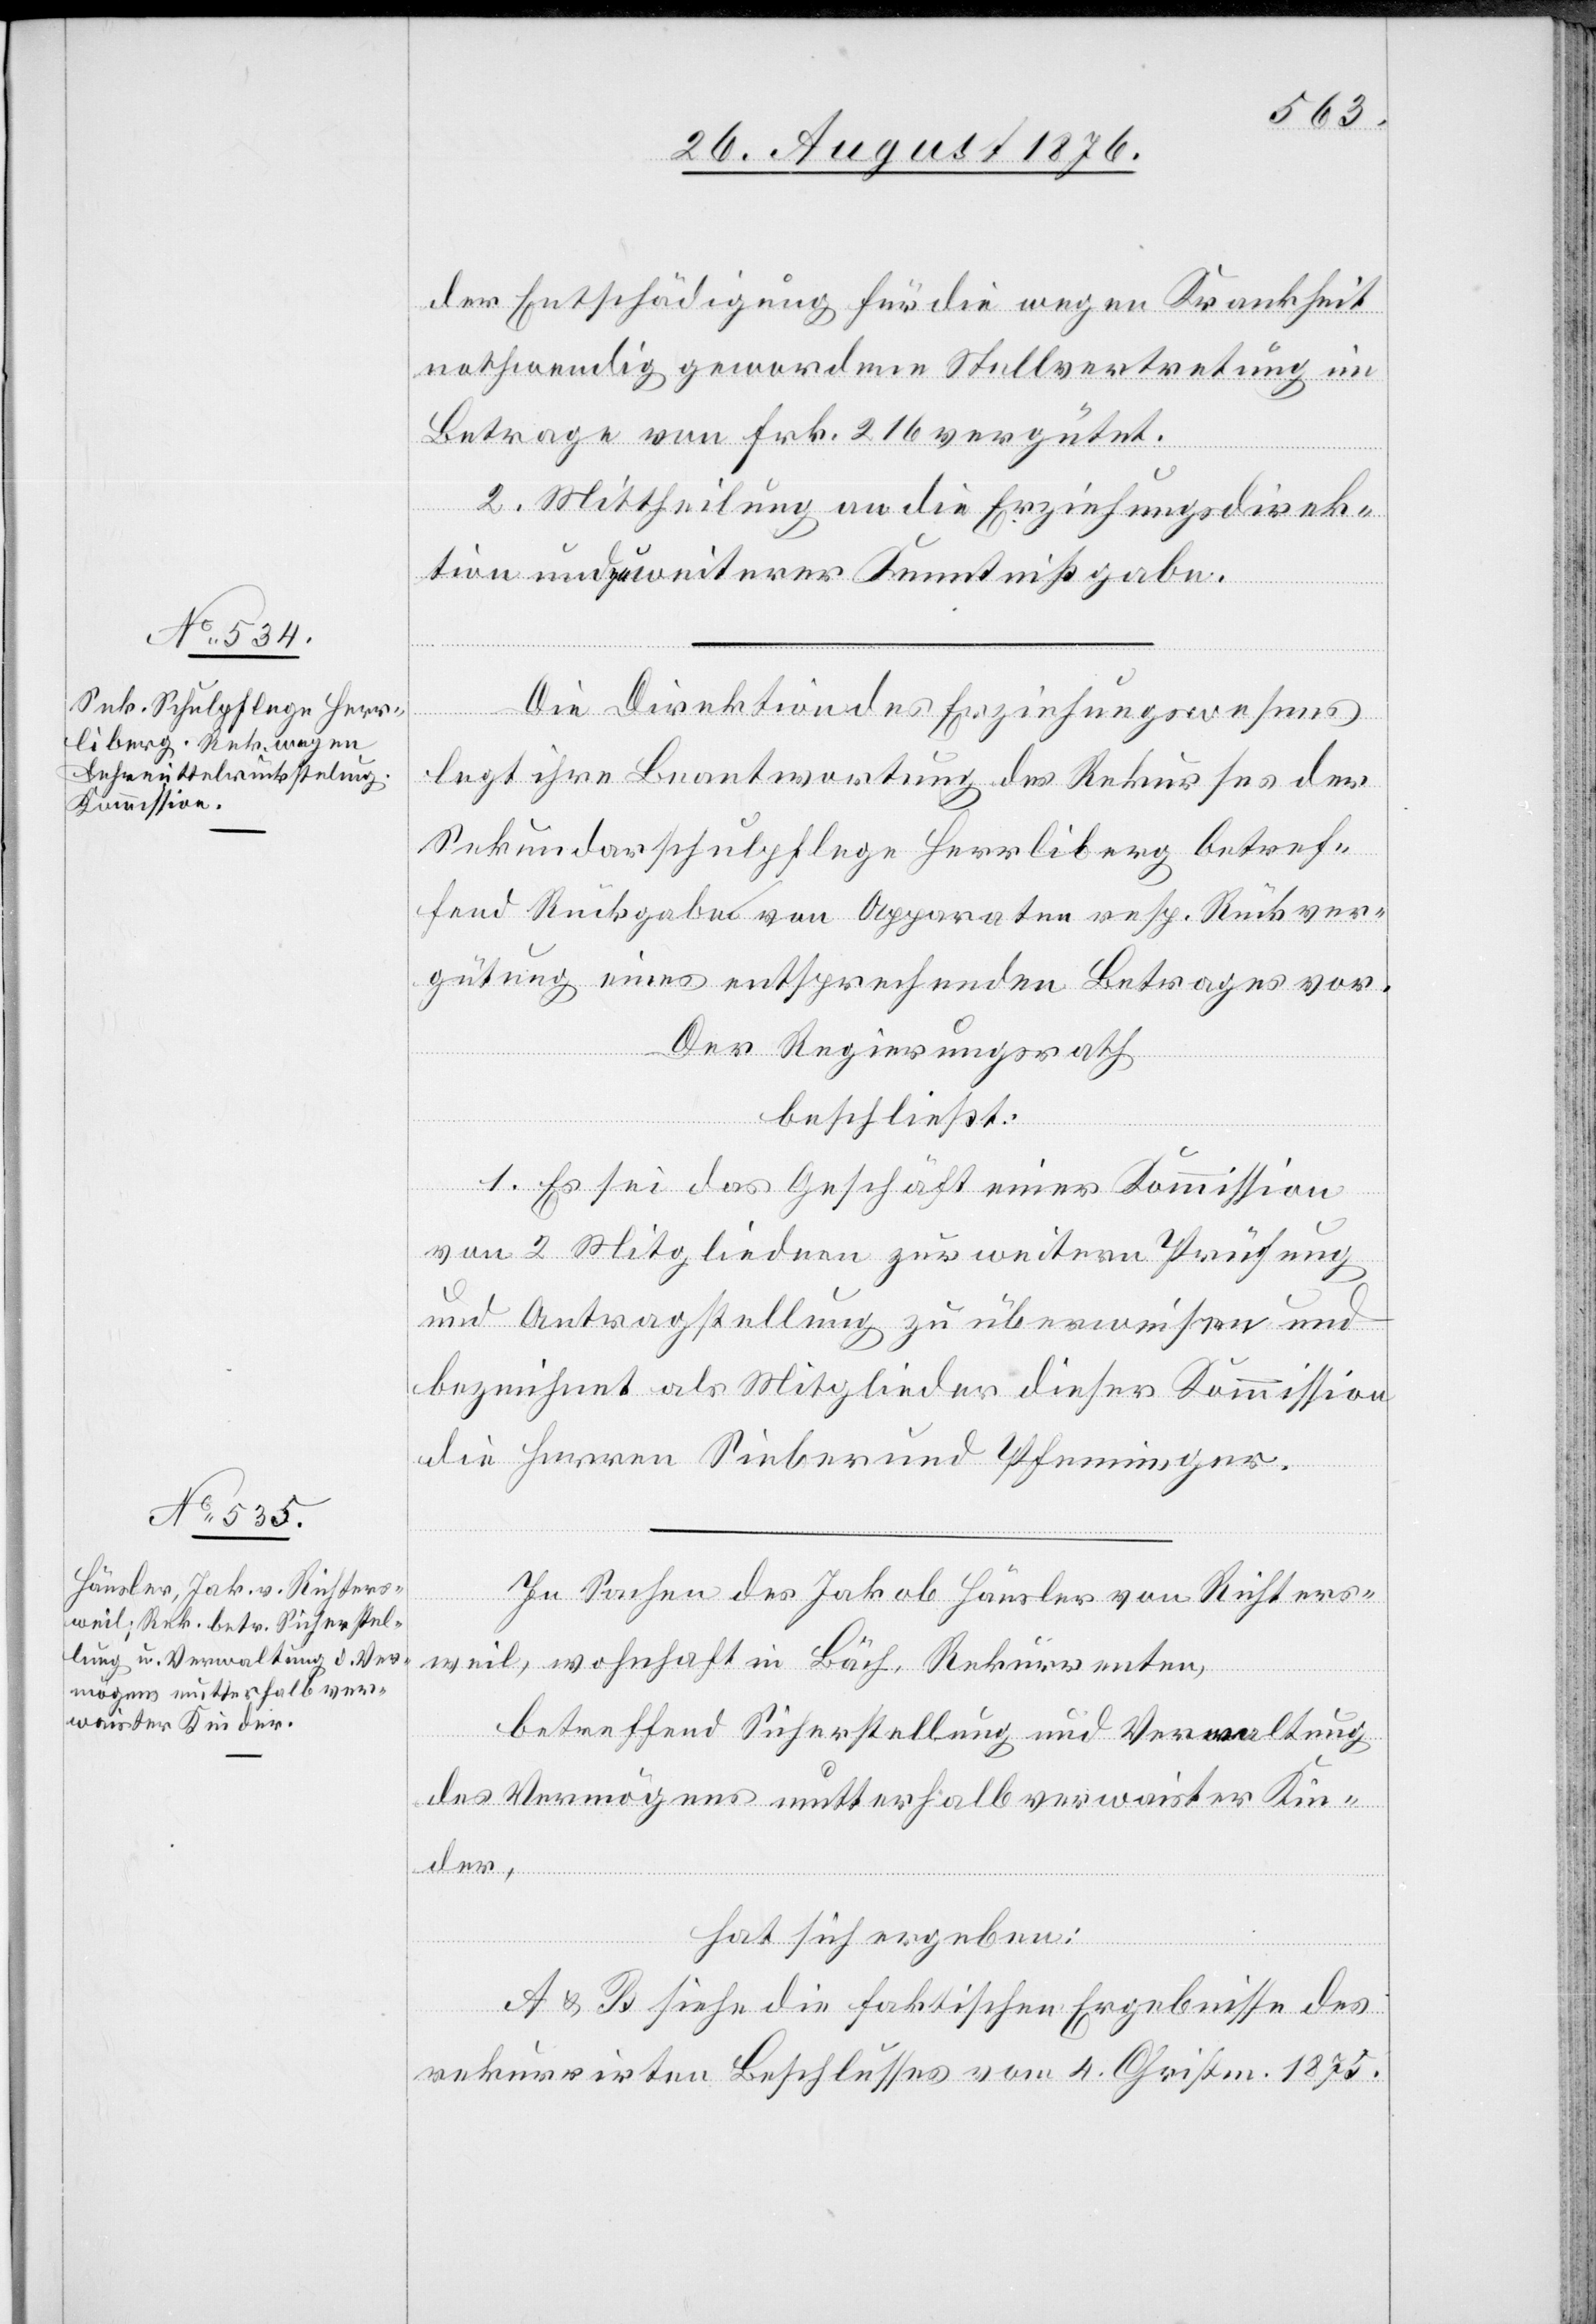
der Entschädigung für die wegen Krankheit
nothwendig gewordene Stellvertretung im
Betrage von Frk. 216 vergütet.
2. Mittheilung an die Erziehungsdirek¬
tion und zu weiterer Kenntnißgabe.
Die Direktion des Erziehungswesens
legt ihre Beantwortung des Rekurses der
Sekundarschulpflege Herrliberg betref¬
fend Rückgabe von Apparaten resp. Rückver¬
gütung eines entsprechenden Betrages vor.
der,
Der Regierungsrath
beschließt:
1. Es sei das Geschäft einer Kommission
von 2 Mitgliedern zur weitern Prüfung
und Antragstellung zu überweisen und
bezeichnet als Mitglieder dieser Kommission
die Herren Sieber und Pfenninger.
In Sachen des Jakob Häusler von Richters¬
weil, wohnhaft in Bäch, Rekurrenten,
betreffend Sicherstellung und Verwaltung
des Vermögens mutterhaft verwaister Kin¬
hat sich ergeben:
A & B siehe die faktischen Ergebnisse des
rekurrirten Beschlusses vom 4. Christm. 1875.